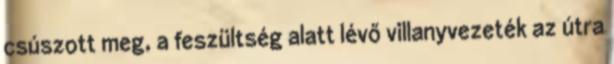
csúszott meg, a feszültség alatt lévő villanyvezeték az útra